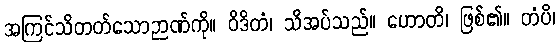
အကြင်သိတတ်သောဉာဏ်ကို။ ဝိဒိတံ၊ သိအပ်သည်။ ဟောတိ၊ ဖြစ်၏။ တံပိ၊